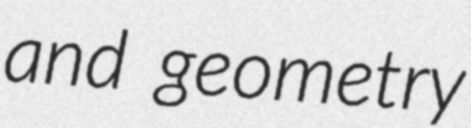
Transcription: and geometry